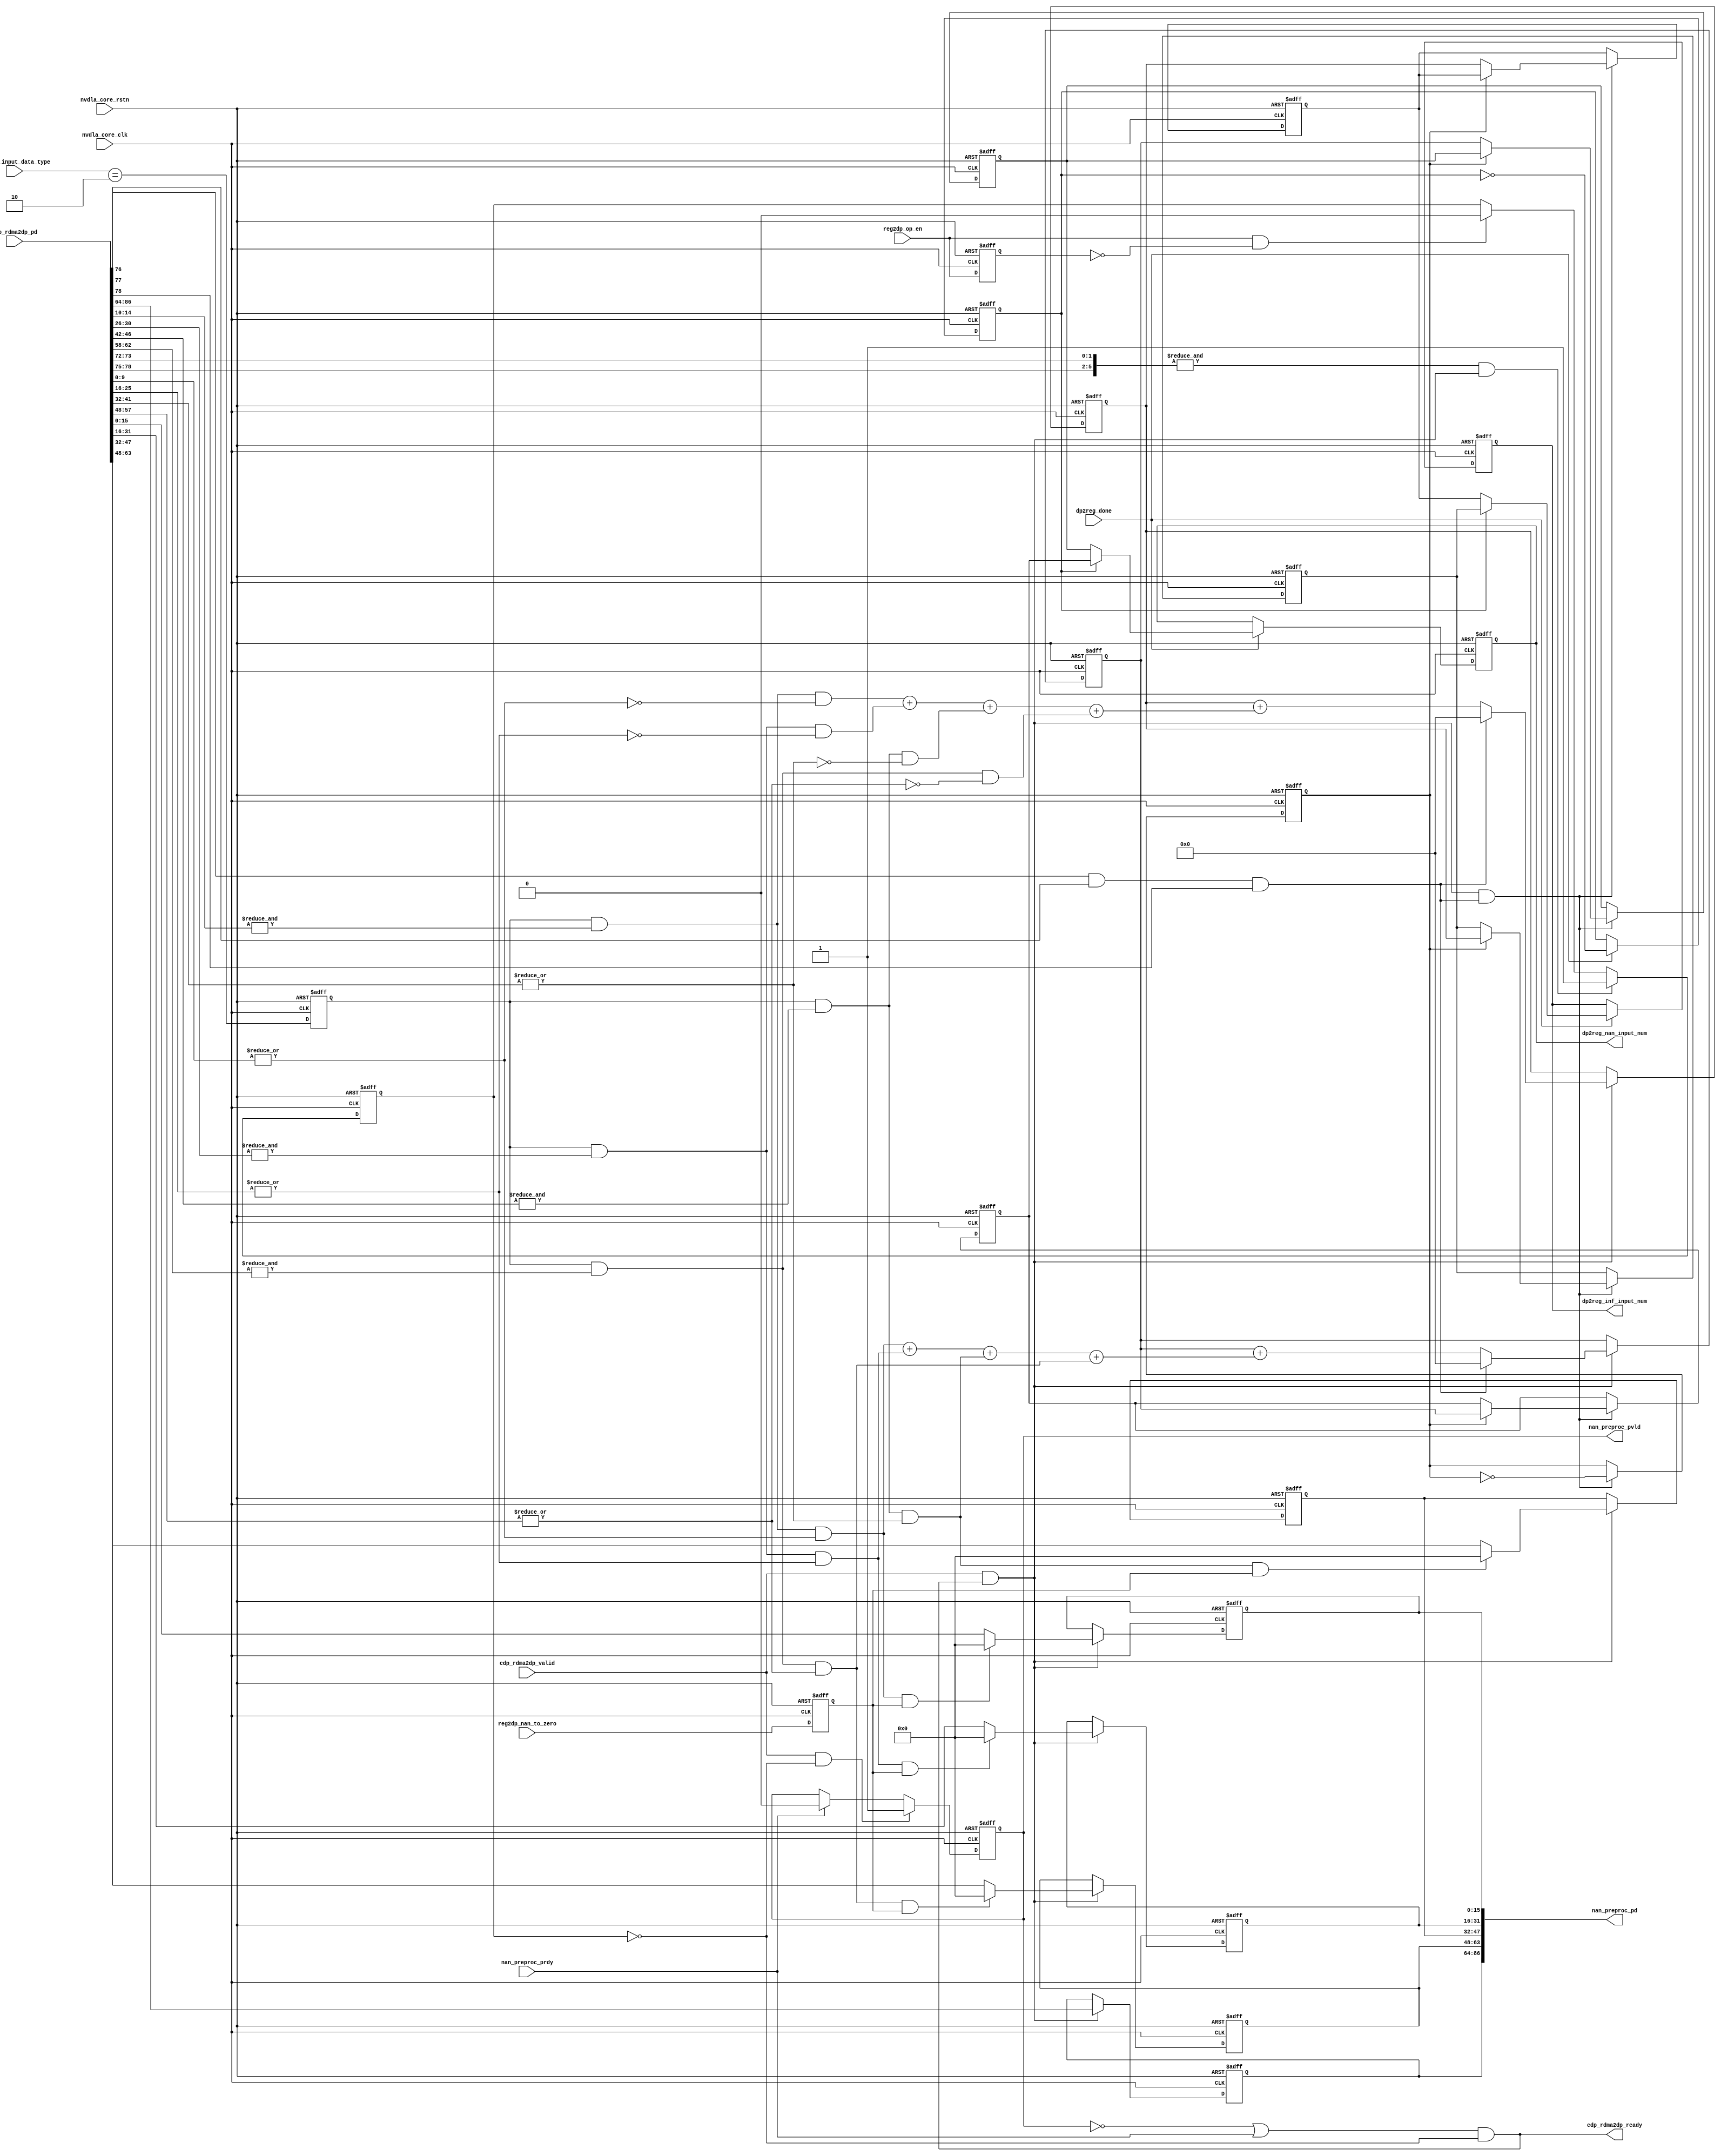
// ================================================================
// NVDLA Open Source Project
//
// Copyright(c) 2016 - 2017 NVIDIA Corporation. Licensed under the
// NVDLA Open Hardware License; Check "LICENSE" which comes with
// this distribution for more information.
// ================================================================
module NV_NVDLA_CDP_DP_nan (
   nvdla_core_clk
  ,nvdla_core_rstn
  ,cdp_rdma2dp_pd
  ,cdp_rdma2dp_valid
  ,dp2reg_done
  ,nan_preproc_prdy
  ,reg2dp_input_data_type
  ,reg2dp_nan_to_zero
  ,reg2dp_op_en
  ,cdp_rdma2dp_ready
  ,dp2reg_inf_input_num
  ,dp2reg_nan_input_num
  ,nan_preproc_pd
  ,nan_preproc_pvld
  );
input nvdla_core_clk;
input nvdla_core_rstn;
input [86:0] cdp_rdma2dp_pd;
input cdp_rdma2dp_valid;
input dp2reg_done;
input nan_preproc_prdy;
input [1:0] reg2dp_input_data_type;
input reg2dp_nan_to_zero;
input reg2dp_op_en;
output cdp_rdma2dp_ready;
output [31:0] dp2reg_inf_input_num;
output [31:0] dp2reg_nan_input_num;
output [86:0] nan_preproc_pd;
output nan_preproc_pvld;
reg [22:0] datin_info_d;
reg din_pvld_d1;
reg [31:0] dp2reg_inf_input_num;
reg [31:0] dp2reg_nan_input_num;
reg fp16_en;
reg [31:0] inf_in_count;
reg [31:0] inf_in_num0;
reg [31:0] inf_in_num1;
reg layer_flag;
reg mon_inf_in_count;
reg mon_nan_in_count;
reg [31:0] nan_in_count;
reg [31:0] nan_in_num0;
reg [31:0] nan_in_num1;
reg [15:0] nan_preproc_pd0;
reg [15:0] nan_preproc_pd1;
reg [15:0] nan_preproc_pd2;
reg [15:0] nan_preproc_pd3;
reg op_en_d1;
reg tozero_en;
reg waiting_for_op_en;
reg wdma_layer_flag;
wire cdp_rdma2dp_ready_f;
wire cube_end;
wire [3:0] dat_is_inf;
wire [3:0] dat_is_nan;
wire din_prdy_d1;
wire [15:0] fp16_in_pd_0;
wire [15:0] fp16_in_pd_1;
wire [15:0] fp16_in_pd_2;
wire [15:0] fp16_in_pd_3;
wire [2:0] inf_num_in_8byte;
wire last_c;
wire last_h;
wire last_w;
wire layer_end;
wire load_din;
wire [2:0] nan_num_in_8byte;
wire op_en_load;
wire wdma_done;
// synoff nets
// monitor nets
// debug nets
// tie high nets
// tie low nets
// no connect nets
// not all bits used nets
// todo nets
//&Force internal /cdp_nanin_intr/;
//==========================================
//----------------------------------------
//cdp_rdma2dp_pd[78:0]
//cdp_rdma2dp_valid
//cdp_rdma2dp_ready
assign cdp_rdma2dp_ready = cdp_rdma2dp_ready_f;
//assign cdp_rdma2dp_ready_f = ~din_pvld_d1 | din_prdy_d1;
assign cdp_rdma2dp_ready_f = (~din_pvld_d1 | din_prdy_d1) & (~waiting_for_op_en);
assign load_din = cdp_rdma2dp_valid & cdp_rdma2dp_ready_f;
//----------------------------------------
//assign propagate_en = reg2dp_nan_to_zero == NVDLA_CDP_D_NAN_FLUSH_TO_ZERO_0_NAN_TO_ZERO_DISABLE;
always @(posedge nvdla_core_clk or negedge nvdla_core_rstn) begin
  if (!nvdla_core_rstn) begin
    tozero_en <= 1'b0;
  end else begin
  tozero_en <= reg2dp_nan_to_zero == 1'h1;
  end
end
always @(posedge nvdla_core_clk or negedge nvdla_core_rstn) begin
  if (!nvdla_core_rstn) begin
    fp16_en <= 1'b0;
  end else begin
  fp16_en <= reg2dp_input_data_type[1:0]== 2;
  end
end
//----------------------------------------
assign fp16_in_pd_0 = cdp_rdma2dp_pd[15:0];
assign fp16_in_pd_1 = cdp_rdma2dp_pd[31:16];
assign fp16_in_pd_2 = cdp_rdma2dp_pd[47:32];
assign fp16_in_pd_3 = cdp_rdma2dp_pd[63:48];
assign dat_is_nan[0] = fp16_en & (&fp16_in_pd_0[14:10]) & (|fp16_in_pd_0[9:0]);
assign dat_is_nan[1] = fp16_en & (&fp16_in_pd_1[14:10]) & (|fp16_in_pd_1[9:0]);
assign dat_is_nan[2] = fp16_en & (&fp16_in_pd_2[14:10]) & (|fp16_in_pd_2[9:0]);
assign dat_is_nan[3] = fp16_en & (&fp16_in_pd_3[14:10]) & (|fp16_in_pd_3[9:0]);
assign dat_is_inf[0] = fp16_en & (&fp16_in_pd_0[14:10]) & (~(|fp16_in_pd_0[9:0]));
assign dat_is_inf[1] = fp16_en & (&fp16_in_pd_1[14:10]) & (~(|fp16_in_pd_1[9:0]));
assign dat_is_inf[2] = fp16_en & (&fp16_in_pd_2[14:10]) & (~(|fp16_in_pd_2[9:0]));
assign dat_is_inf[3] = fp16_en & (&fp16_in_pd_3[14:10]) & (~(|fp16_in_pd_3[9:0]));
//////////////////////////////////////////////////////////////////////
//waiting for op_en
//////////////////////////////////////////////////////////////////////
always @(posedge nvdla_core_clk or negedge nvdla_core_rstn) begin
  if (!nvdla_core_rstn) begin
    op_en_d1 <= 1'b0;
  end else begin
  op_en_d1 <= reg2dp_op_en;
  end
end
assign op_en_load = reg2dp_op_en & (~op_en_d1);
assign layer_end = &{cdp_rdma2dp_pd[78:75],cdp_rdma2dp_pd[73:72]} & load_din;
always @(posedge nvdla_core_clk or negedge nvdla_core_rstn) begin
  if (!nvdla_core_rstn) begin
    waiting_for_op_en <= 1'b1;
  end else begin
    if(layer_end)
        waiting_for_op_en <= 1'b1;
    else if(op_en_load)
        waiting_for_op_en <= 1'b0;
  end
end
//////////////////////////////////////////////////////////////////////
//NaN process mode control
//////////////////////////////////////////////////////////////////////
always @(posedge nvdla_core_clk or negedge nvdla_core_rstn) begin
  if (!nvdla_core_rstn) begin
    nan_preproc_pd0 <= {16{1'b0}};
    nan_preproc_pd1 <= {16{1'b0}};
    nan_preproc_pd2 <= {16{1'b0}};
    nan_preproc_pd3 <= {16{1'b0}};
    datin_info_d <= {23{1'b0}};
  end else begin
    if(load_din) begin
        nan_preproc_pd0 <= (dat_is_nan[0] & tozero_en) ? 16'd0 : fp16_in_pd_0;
        nan_preproc_pd1 <= (dat_is_nan[1] & tozero_en) ? 16'd0 : fp16_in_pd_1;
        nan_preproc_pd2 <= (dat_is_nan[2] & tozero_en) ? 16'd0 : fp16_in_pd_2;
        nan_preproc_pd3 <= (dat_is_nan[3] & tozero_en) ? 16'd0 : fp16_in_pd_3;
        datin_info_d <= cdp_rdma2dp_pd[86:64];
    end
  end
end
always @(posedge nvdla_core_clk or negedge nvdla_core_rstn) begin
  if (!nvdla_core_rstn) begin
    din_pvld_d1 <= 1'b0;
  end else begin
//if(cdp_rdma2dp_valid)
    if(cdp_rdma2dp_valid & (~waiting_for_op_en))
        din_pvld_d1 <= 1'b1;
    else if(din_prdy_d1)
        din_pvld_d1 <= 1'b0;
  end
end
assign din_prdy_d1 = nan_preproc_prdy;
//-------------------------------------------
assign nan_preproc_pd = {datin_info_d,nan_preproc_pd3,nan_preproc_pd2,nan_preproc_pd1,nan_preproc_pd0};
assign nan_preproc_pvld = din_pvld_d1;
//////////////////////////////////////////////////////////////////////
//input NaN element count
//////////////////////////////////////////////////////////////////////
assign last_w = cdp_rdma2dp_pd[76];
assign last_h = cdp_rdma2dp_pd[77];
assign last_c = cdp_rdma2dp_pd[78];
assign cube_end = last_w & last_h & last_c;
function [2:0] fun_bit_sum_4;
  input [3:0] idata;
  reg [2:0] ocnt;
  begin
    ocnt =
        ( idata[0]
      + idata[1]
      + idata[2] )
      + idata[3] ;
    fun_bit_sum_4 = ocnt;
  end
endfunction
assign nan_num_in_8byte = fun_bit_sum_4(dat_is_nan);
assign inf_num_in_8byte = fun_bit_sum_4(dat_is_inf);
always @(posedge nvdla_core_clk or negedge nvdla_core_rstn) begin
  if (!nvdla_core_rstn) begin
    {mon_nan_in_count,nan_in_count[31:0]} <= {33{1'b0}};
  end else begin
    if(load_din) begin
        if(cube_end)
            {mon_nan_in_count,nan_in_count[31:0]} <= 33'd0;
        else
            {mon_nan_in_count,nan_in_count[31:0]} <= nan_in_count + nan_num_in_8byte;
    end
  end
end
always @(posedge nvdla_core_clk or negedge nvdla_core_rstn) begin
  if (!nvdla_core_rstn) begin
    {mon_inf_in_count,inf_in_count[31:0]} <= {33{1'b0}};
  end else begin
    if(load_din) begin
        if(cube_end)
            {mon_inf_in_count,inf_in_count[31:0]} <= 32'd0;
        else
            {mon_inf_in_count,inf_in_count[31:0]} <= inf_in_count + inf_num_in_8byte;
    end
  end
end
`ifdef SPYGLASS_ASSERT_ON
`else
// spyglass disable_block NoWidthInBasedNum-ML
// spyglass disable_block STARC-2.10.3.2a
// spyglass disable_block STARC05-2.1.3.1
// spyglass disable_block STARC-2.1.4.6
// spyglass disable_block W116
// spyglass disable_block W154
// spyglass disable_block W239
// spyglass disable_block W362
// spyglass disable_block WRN_58
// spyglass disable_block WRN_61
`endif // SPYGLASS_ASSERT_ON
`ifdef ASSERT_ON
`ifdef FV_ASSERT_ON
`define ASSERT_RESET nvdla_core_rstn
`else
`ifdef SYNTHESIS
`define ASSERT_RESET nvdla_core_rstn
`else
`ifdef ASSERT_OFF_RESET_IS_X
`define ASSERT_RESET ((1'bx === nvdla_core_rstn) ? 1'b0 : nvdla_core_rstn)
`else
`define ASSERT_RESET ((1'bx === nvdla_core_rstn) ? 1'b1 : nvdla_core_rstn)
`endif // ASSERT_OFF_RESET_IS_X
`endif // SYNTHESIS
`endif // FV_ASSERT_ON
// VCS coverage off
  nv_assert_never #(0,0,"CDP nan: nan counter no overflow is allowed") zzz_assert_never_1x (nvdla_core_clk, `ASSERT_RESET, mon_nan_in_count | mon_inf_in_count); // spyglass disable W504 SelfDeterminedExpr-ML 
// VCS coverage on
`undef ASSERT_RESET
`endif // ASSERT_ON
`ifdef SPYGLASS_ASSERT_ON
`else
// spyglass enable_block NoWidthInBasedNum-ML
// spyglass enable_block STARC-2.10.3.2a
// spyglass enable_block STARC05-2.1.3.1
// spyglass enable_block STARC-2.1.4.6
// spyglass enable_block W116
// spyglass enable_block W154
// spyglass enable_block W239
// spyglass enable_block W362
// spyglass enable_block WRN_58
// spyglass enable_block WRN_61
`endif // SPYGLASS_ASSERT_ON
always @(posedge nvdla_core_clk or negedge nvdla_core_rstn) begin
  if (!nvdla_core_rstn) begin
    layer_flag <= 1'b0;
    nan_in_num1 <= {32{1'b0}};
    inf_in_num1 <= {32{1'b0}};
    nan_in_num0 <= {32{1'b0}};
    inf_in_num0 <= {32{1'b0}};
  end else begin
    if(load_din & cube_end) begin
        layer_flag <= ~layer_flag;
        if(layer_flag) begin
            nan_in_num1 <= nan_in_count;
            inf_in_num1 <= inf_in_count;
        end else begin
            nan_in_num0 <= nan_in_count;
            inf_in_num0 <= inf_in_count;
        end
    end
  end
end
//adding dp2reg_done to latch the num and output a sigle one for each
assign wdma_done = dp2reg_done;
always @(posedge nvdla_core_clk or negedge nvdla_core_rstn) begin
  if (!nvdla_core_rstn) begin
    wdma_layer_flag <= 1'b0;
    dp2reg_nan_input_num <= {32{1'b0}};
    dp2reg_inf_input_num <= {32{1'b0}};
  end else begin
    if(wdma_done) begin
        wdma_layer_flag <= ~wdma_layer_flag;
        if(wdma_layer_flag) begin
            dp2reg_nan_input_num <= nan_in_num1;
            dp2reg_inf_input_num <= inf_in_num1;
        end else begin
            dp2reg_nan_input_num <= nan_in_num0;
            dp2reg_inf_input_num <= inf_in_num0;
        end
    end
  end
end
////////////////////////////////////////////////////////////////////////
////input NaN element interrupt
////////////////////////////////////////////////////////////////////////
//&Always posedge;
// if(load_din) begin
// if(|dat_is_nan) begin
// if(cube_end)
// nan_in_flag <0= 1'b0;
// else
// nan_in_flag <0= 1'b1;
// end
// end
//&End;
//assign flag_1st_nan = load_din & (|dat_is_nan) & (~nan_in_flag) & (~cube_end);
//&Always posedge;
// if(load_din & cube_end & (|dat_is_nan) & (~nan_in_flag))
// cubend_is_1st_nan <0= 1'b1;
// else
// cubend_is_1st_nan <0= 1'b0;
//&End;
//
//////////////////////////////////////////////////////////////////////
//function point
//////////////////////////////////////////////////////////////////////
//VCS coverage off
`ifndef DISABLE_FUNCPOINT
  `ifdef ENABLE_FUNCPOINT
    reg funcpoint_cover_off;
    initial begin
        if ( $test$plusargs( "cover_off" ) ) begin
            funcpoint_cover_off = 1'b1;
        end else begin
            funcpoint_cover_off = 1'b0;
        end
    end
    property CDP_NAN_IN__0_cov;
        disable iff((nvdla_core_rstn !== 1) || funcpoint_cover_off)
        @(posedge nvdla_core_clk)
        |dat_is_nan & fp16_en;
    endproperty
// Cover 0 : "|dat_is_nan & fp16_en"
    FUNCPOINT_CDP_NAN_IN__0_COV : cover property (CDP_NAN_IN__0_cov);
  `endif
`endif
//VCS coverage on
//VCS coverage off
`ifndef DISABLE_FUNCPOINT
  `ifdef ENABLE_FUNCPOINT
    property CDP_INF_IN__1_cov;
        disable iff((nvdla_core_rstn !== 1) || funcpoint_cover_off)
        @(posedge nvdla_core_clk)
        |dat_is_inf & fp16_en;
    endproperty
// Cover 1 : "|dat_is_inf & fp16_en"
    FUNCPOINT_CDP_INF_IN__1_COV : cover property (CDP_INF_IN__1_cov);
  `endif
`endif
//VCS coverage on
//VCS coverage off
`ifndef DISABLE_FUNCPOINT
  `ifdef ENABLE_FUNCPOINT
    property CDP_RDMA_NewLayer_out_req_And_core_CurLayer_not_finish__2_cov;
        disable iff((nvdla_core_rstn !== 1) || funcpoint_cover_off)
        @(posedge nvdla_core_clk)
        waiting_for_op_en & (~cdp_rdma2dp_ready_f) & cdp_rdma2dp_valid;
    endproperty
// Cover 2 : "waiting_for_op_en & (~cdp_rdma2dp_ready_f) & cdp_rdma2dp_valid"
    FUNCPOINT_CDP_RDMA_NewLayer_out_req_And_core_CurLayer_not_finish__2_COV : cover property (CDP_RDMA_NewLayer_out_req_And_core_CurLayer_not_finish__2_cov);
  `endif
`endif
//VCS coverage on
//////////////////////////////////////////////////////////////////////
endmodule // NV_NVDLA_CDP_DP_nan